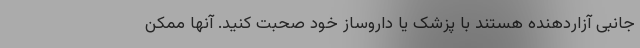
جانبی آزاردهنده هستند با پزشک یا داروساز خود صحبت کنید. آنها ممکن